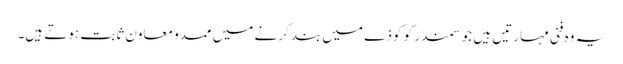
یہ وہ فنی مہارتیں ہیں جو سمندر کو کوذے میں بند کرنے میں ممدو معاون ثابت ہوتے ہیں۔